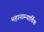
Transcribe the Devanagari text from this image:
महानाम्न्यार्चिक